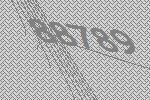
88789